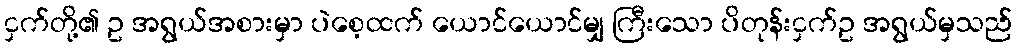
ငှက်တို့၏ ဥ အရွယ်အစားမှာ ပဲစေ့ထက် ယောင်ယောင်မျှ ကြီးသော ပိတုန်းငှက်ဥ အရွယ်မှသည်